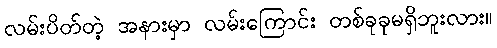
လမ်းပိတ်တဲ့ အနားမှာ လမ်းကြောင်း တစ်ခုခုမရှိဘူးလား။